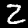
Digit: 2